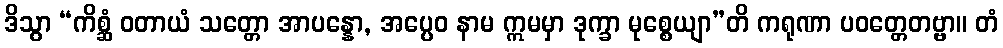
ဒိသွာ “ကိစ္ဆံ ဝတာယံ သတ္တော အာပန္နော, အပ္ပေဝ နာမ ဣမမှာ ဒုက္ခာ မုစ္စေယျာ”တိ ကရုဏာ ပဝတ္တေတဗ္ဗာ။ တံ